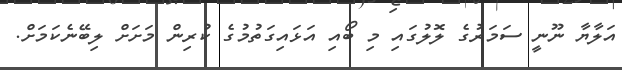
އަލާޔާ ނޫނީ ސަމަރުގެ ލޮލުގައި މި ބޯއި އަޅައިގަތުމުގެ ކުރިން މަށަށް ލިބޭނެކަމަށް.